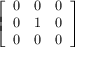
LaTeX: \left[ \begin{array} { l l l } { 0 } & { 0 } & { 0 } \\ { 0 } & { 1 } & { 0 } \\ { 0 } & { 0 } & { 0 } \end{array} \right]